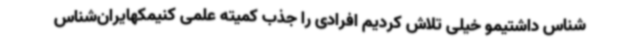
شناس داشتیمو خیلی تلاش کردیم افرادی را جذب کمیته علمی کنیمکهایران‌شناس